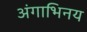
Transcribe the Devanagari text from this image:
अंगाभिनय